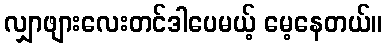
လျှာဖျားလေးတင်ဒါပေမယ့် မေ့နေတယ်။